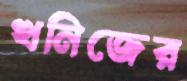
খনিজের